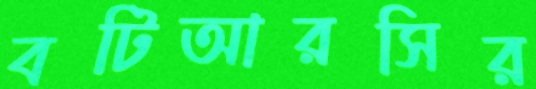
বটিআরসির